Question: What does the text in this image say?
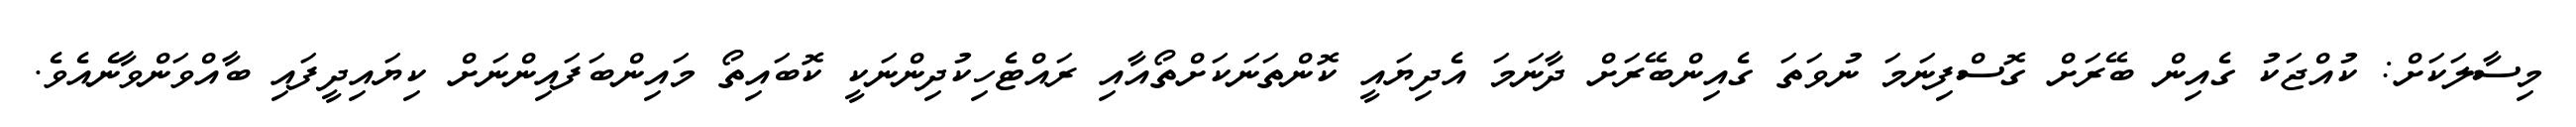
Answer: މިސާލަކަށް: ކުއްޖަކު ގެއިން ބޭރަށް ގޮސްފިނަމަ ނުވަތަ ގެއިންބޭރަށް ދާނަމަ އެދިޔައީ ކޮންތަނަކަށްތޯއާއި ރައްޓެހިކުދިންނަކީ ކޮބައިތޯ މައިންބަފައިންނަށް ކިޔައިދީފައި ބާއްވަންވާނެއެވެ.